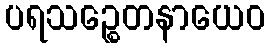
ပရသဉ္စေတနာယေဝ